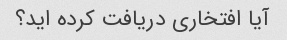
آیا افتخاری دریافت کرده اید؟